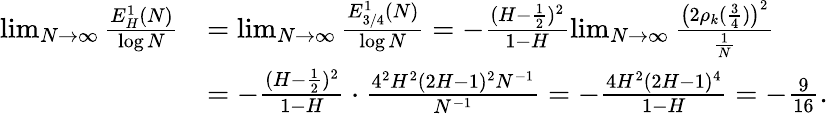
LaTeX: \begin{array}{rl}{\operatorname*{lim}_{N\to\infty}\frac{E_{H}^{1}(N)}{\log N}}&{=\operatorname*{lim}_{N\to\infty}\frac{E_{3/4}^{1}(N)}{\log N}=-\frac{(H-\frac 12)^{2}}{1-H}\operatorname*{lim}_{N\to\infty}\frac{\bigl(2\rho_{k}(\frac 34)\bigr)^{2}}{\frac 1N}}\\ &{=-\frac{(H-\frac 12)^{2}}{1-H}\cdot\frac{4^{2}H^{2}(2H-1)^{2}N^{-1}}{N^{-1}}=-\frac{4H^{2}(2H-1)^{4}}{{1-H}}=-\frac{9}{16}.}\end{array}